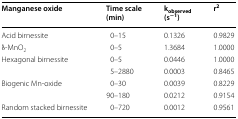
<table><thead><tr><td><b>Manganese oxide</b></td><td><b>Time scale (min)</b></td><td><b>k<sub>observed</sub> (s<sup>−1</sup>)</b></td><td><b>r<sup>2</sup></b></td></tr></thead><tbody><tr><td>Acid birnessite</td><td>0–15</td><td>0.1326</td><td>0.9829</td></tr><tr><td>δ-MnO<sub>2</sub></td><td>0–5</td><td>1.3684</td><td>1.0000</td></tr><tr><td rowspan="2">Hexagonal birnessite</td><td>0–5</td><td>0.0446</td><td>1.0000</td></tr><tr><td>5–2880</td><td>0.0003</td><td>0.8465</td></tr><tr><td rowspan="2">Biogenic Mn-oxide</td><td>0–30</td><td>0.0039</td><td>0.8229</td></tr><tr><td>90–180</td><td>0.0212</td><td>0.9154</td></tr><tr><td>Random stacked birnessite</td><td>0–720</td><td>0.0012</td><td>0.9561</td></tr></tbody></table>